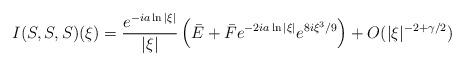
LaTeX: \begin{align*} I(S,S,S)(\xi) = \frac{e^{-ia \ln|\xi|}}{|\xi|}\left( \bar E + \bar F e^{-2ia \ln|\xi|}e^{8i\xi^3/9}\right) + O(|\xi|^{-2+\gamma/2})\end{align*}